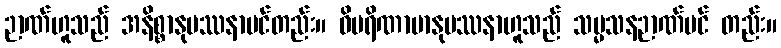
ဉာဏ်ဟူသည် အနိစ္စာနုပဿနာပင်တည်း။ ဝိပရိဏာမာနုပဿနာဟူသည် သမ္မသနဉာဏ်ပင် တည်း။